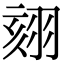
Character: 𦐤